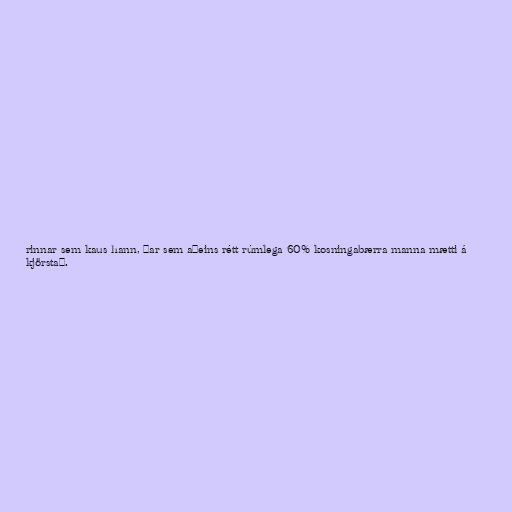
rinnar sem kaus hann, þar sem aðeins rétt rúmlega 60% kosningabærra manna mætti á
kjörstað.